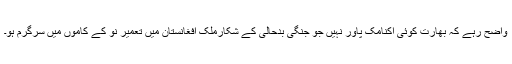
واضح رہے کہ بھارت کوئی اکنامک پاور نہیں جو جنگی بدحالی کے شکارملک افغانستان میں تعمیر نو کے کاموں میں سرگرم ہو۔